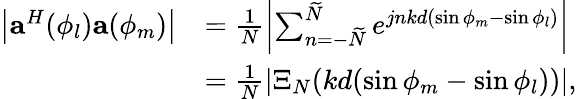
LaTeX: \begin{array}{rl}{\left|{\mathbf{a}}^{H}(\phi_{l}){\mathbf{a}}(\phi_{m})\right|}&{=\frac{1}{N}\left|\sum_{n=-\widetilde{N}}^{\widetilde{N}}e^{jnkd(\sin\phi_{m}-\sin\phi_{l})}\right|}\\ &{=\frac{1}{N}\left|\Xi_{N}(kd(\sin\phi_{m}-\sin\phi_{l}))\right|,}\end{array}